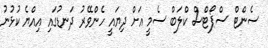
ސެންޓް ސްޕޯޓްސް ކްލަބް ސެމީ އަށް ދިޔައީ ހެންވޭރު ދަނޑުގައި އިއްޔެ ކުޅުނު